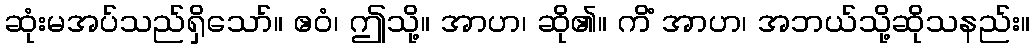
ဆုံးမအပ်သည်ရှိသော်။ ဧဝံ၊ ဤသို့။ အာဟ၊ ဆို၏။ ကိံ အာဟ၊ အဘယ်သို့ဆိုသနည်း။